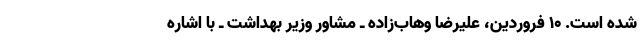
شده است. ۱۰ فروردین، علیرضا وهاب‌زاده ـ مشاور وزیر بهداشت ـ با اشاره